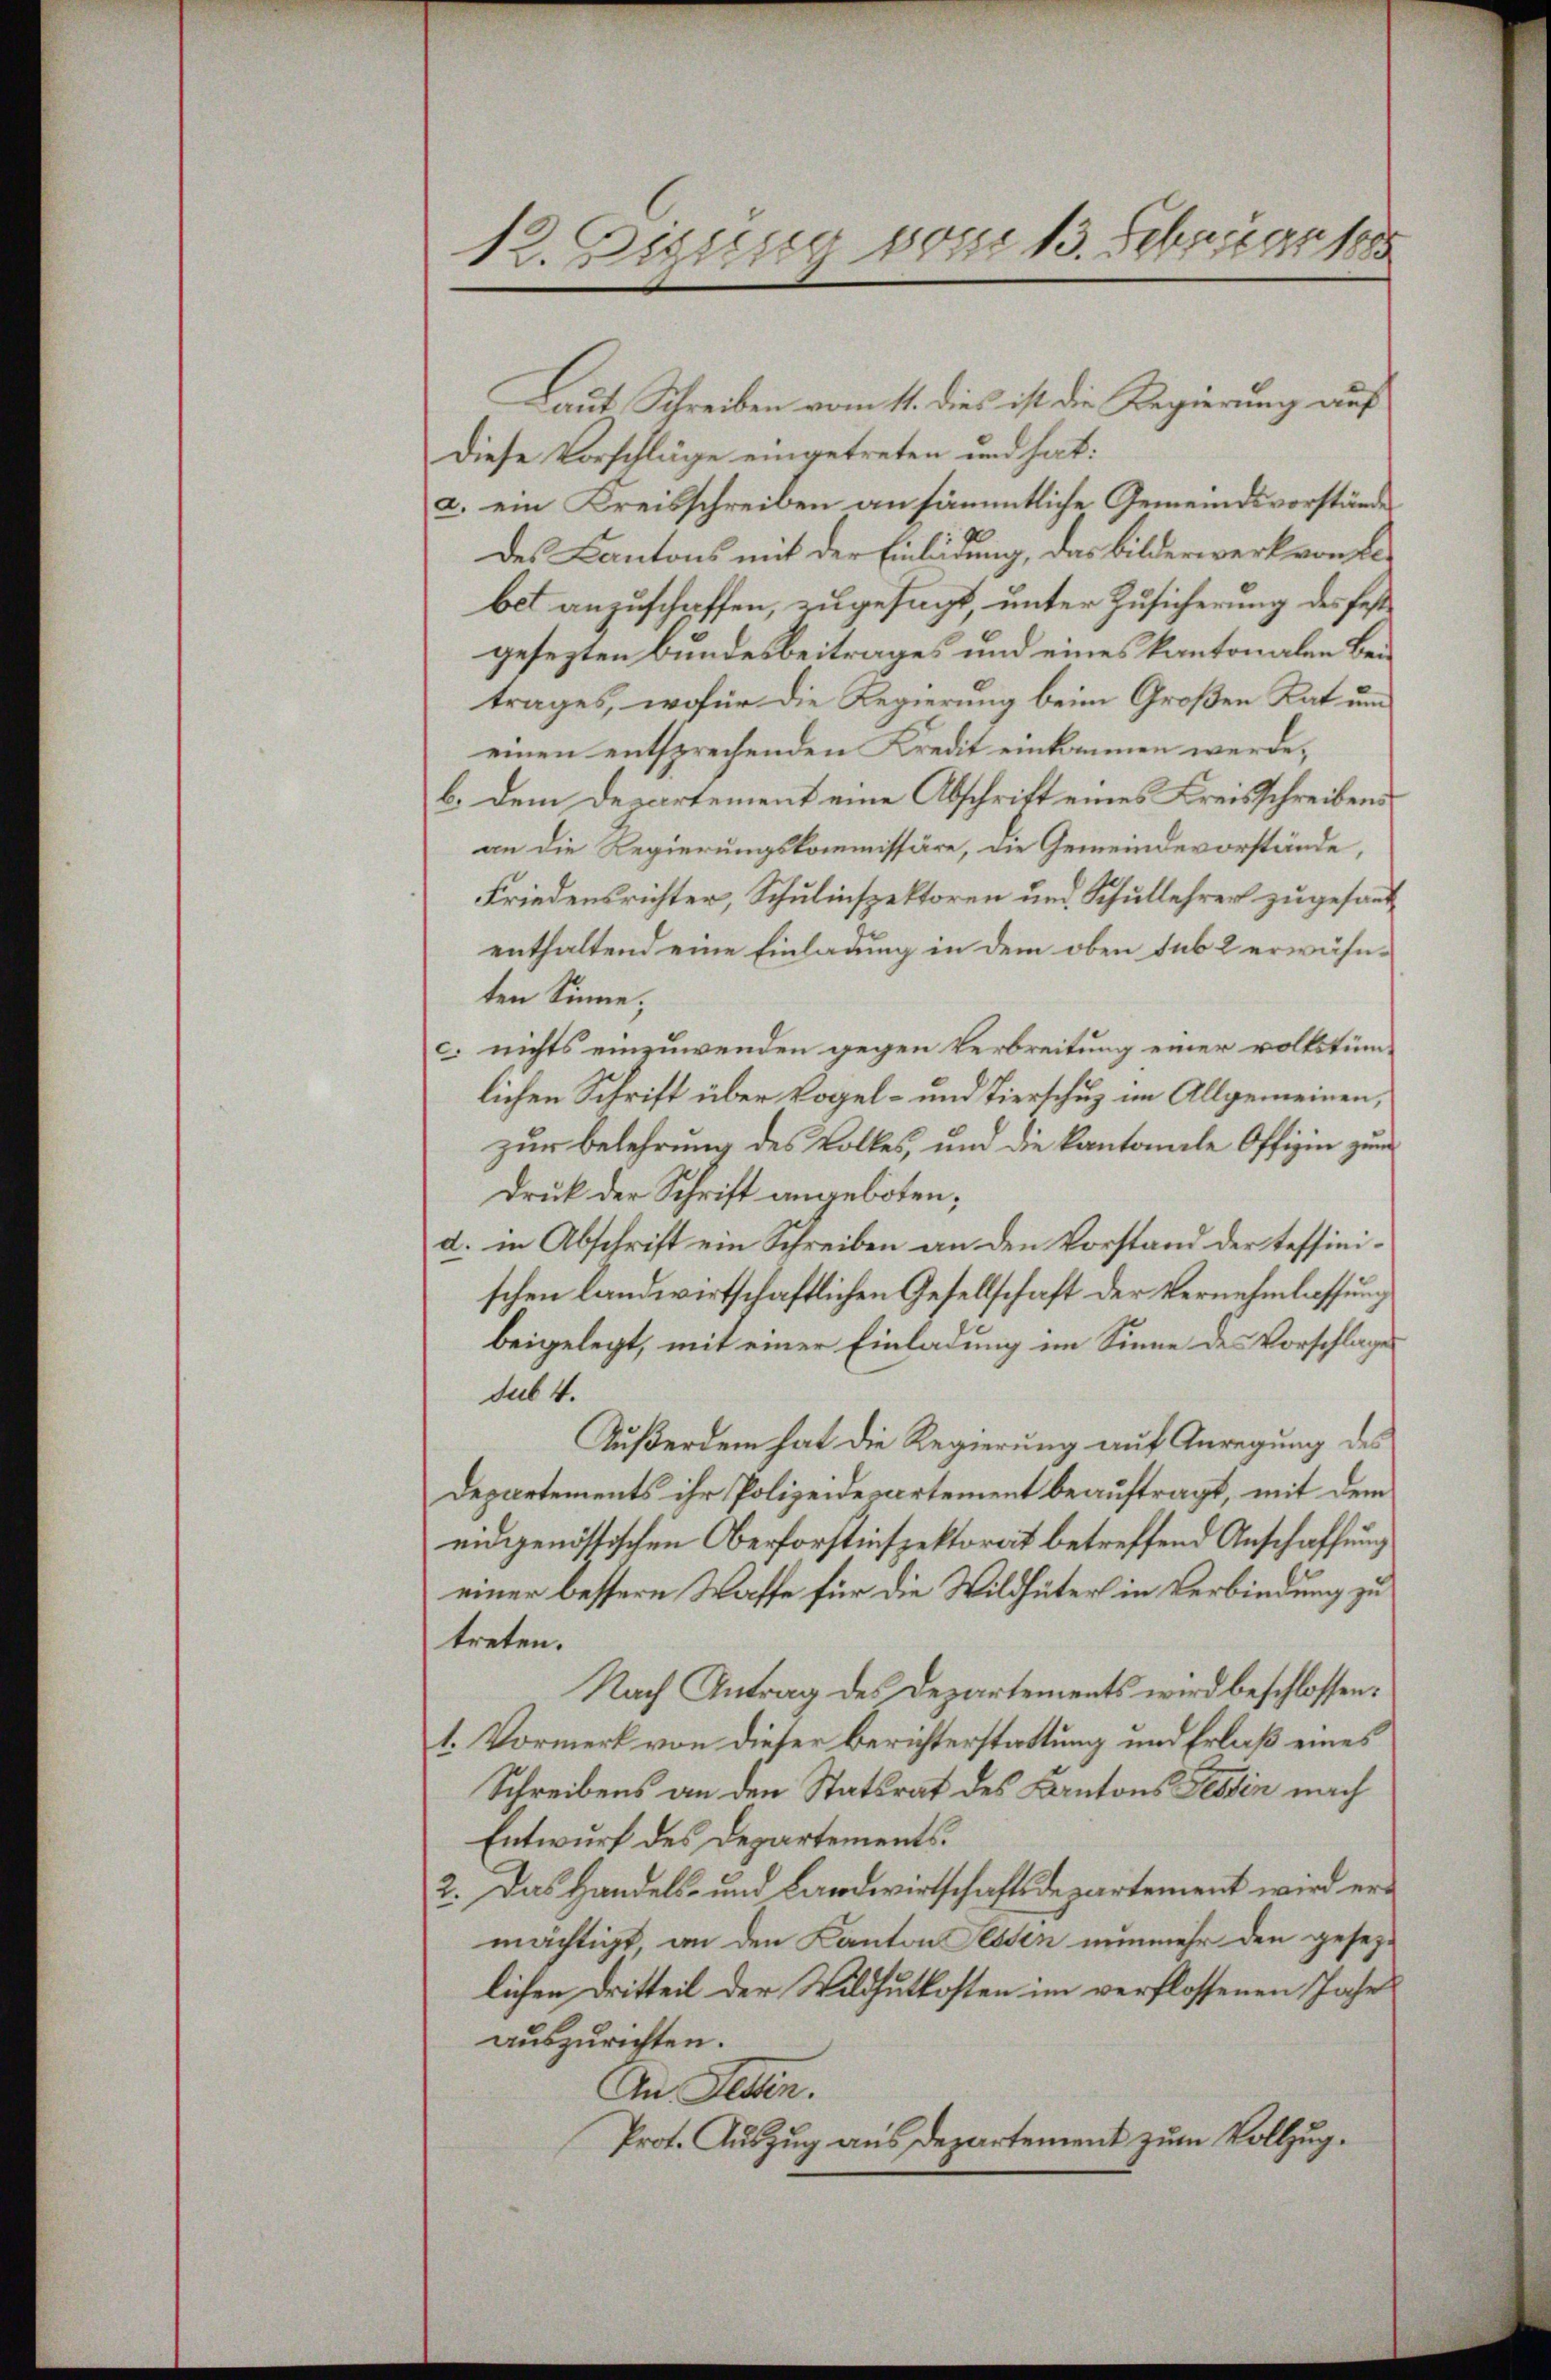
12. Disseg 801. 13. Februar 188

Laut Schreiben vom 11. dies ist die Regierung auf
Diese Vorschläge eingetreten und hat:
a. ein Kreisschreiben an sämmtliche Gemeindsvorstände
des Kantons mit der Einladung, das Bilderwerk von Bebet anzuschaffen, zugesagt unter Zusicherung des festgesezten Bundesbeitrages und eines kantonalen Beitrages, wofür die Regierung beim Großen Rat um
einen entsprechenden Kredit einkommen werde,
b. dem Departement eine Abschrift eines Kreisschreibensan die Regierungskommissäre, die Gemeindevorstände,
Friedensrichter, Schulinspektoren und Schullehrer zugesandenthaltend eine Einladung in dem oben sub 2 erwähn-
ten Sinne;
c. nichts einzuwenden gegen Verbreitung einer volkstüm
lichen Schrift über Vogel- und Tierschuz im Allgemeinen,
zur Belehrung des Volkes, und die kantonale Offizin zum
Druck der Schrift angeboten;
d. in Abschrift ein Schreiben an den Vorstand der teffinischen landwirtschaftlichen Gesellschaft der Vernehmlassung
beigelegt, mit einer Einladung im Sinne des Vorschlage
sub. 4.
Außerdem hat die Regierung auf Anregung des
Departements ihr Polizeidepartement beauftragt, mit dem
eidgenössischen Oberforstinspektorat betreffend Anschaffung
einer bessere Waffe für die Wildhüter in Verbindung zu
treten.
Nach Antrag des Departements wird beschlossen:
1. Vormerk von dieser Berichterstattung und Erlaß eines
Schreibens an den Statsrat des Kantons Tessin nach
Entwurf des Departements.
2. Das Handels- und Landwirtschaftsdepartement wird ermächtigt an den Kanton Sessen nunmehr den geseze
lichen Dritteil der Wildhutkosten im verflossenen Jahre
auszurichten.
An Jesten.
Prot. Auszug aus Departement zum Vollzug.